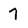
Character: 7